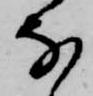
な